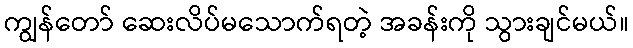
ကျွန်တော် ဆေးလိပ်မသောက်ရတဲ့ အခန်းကို သွားချင်မယ်။